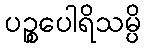
ပဉ္စပေါရိသမ္ပိ